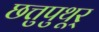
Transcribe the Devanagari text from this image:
छत्तुपुथूर्